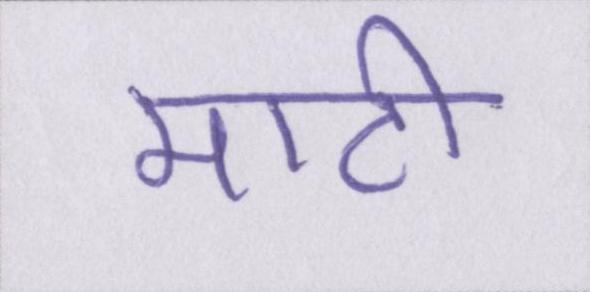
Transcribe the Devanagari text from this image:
माटी